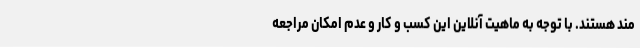
مند هستند. با توجه به ماهیت آنلاین این کسب و کار و عدم امکان مراجعه